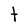
Character: t